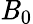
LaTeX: \mathit{B}_{0}